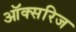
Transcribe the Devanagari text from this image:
ऑक्सरिज